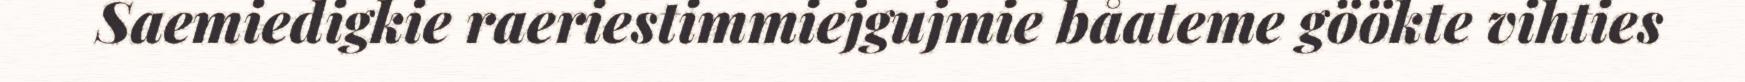
Saemiedigkie raeriestimmiejgujmie båateme göökte vihties